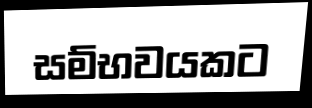
සම්භවයකට